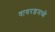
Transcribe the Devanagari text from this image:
वायरडमध्ये